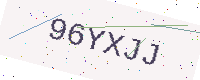
Text: 96YXJJ